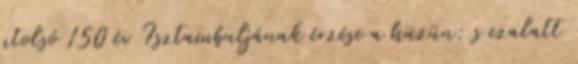
utolsó 150 év Isztambuljának érzése a hüzün: s ezalatt